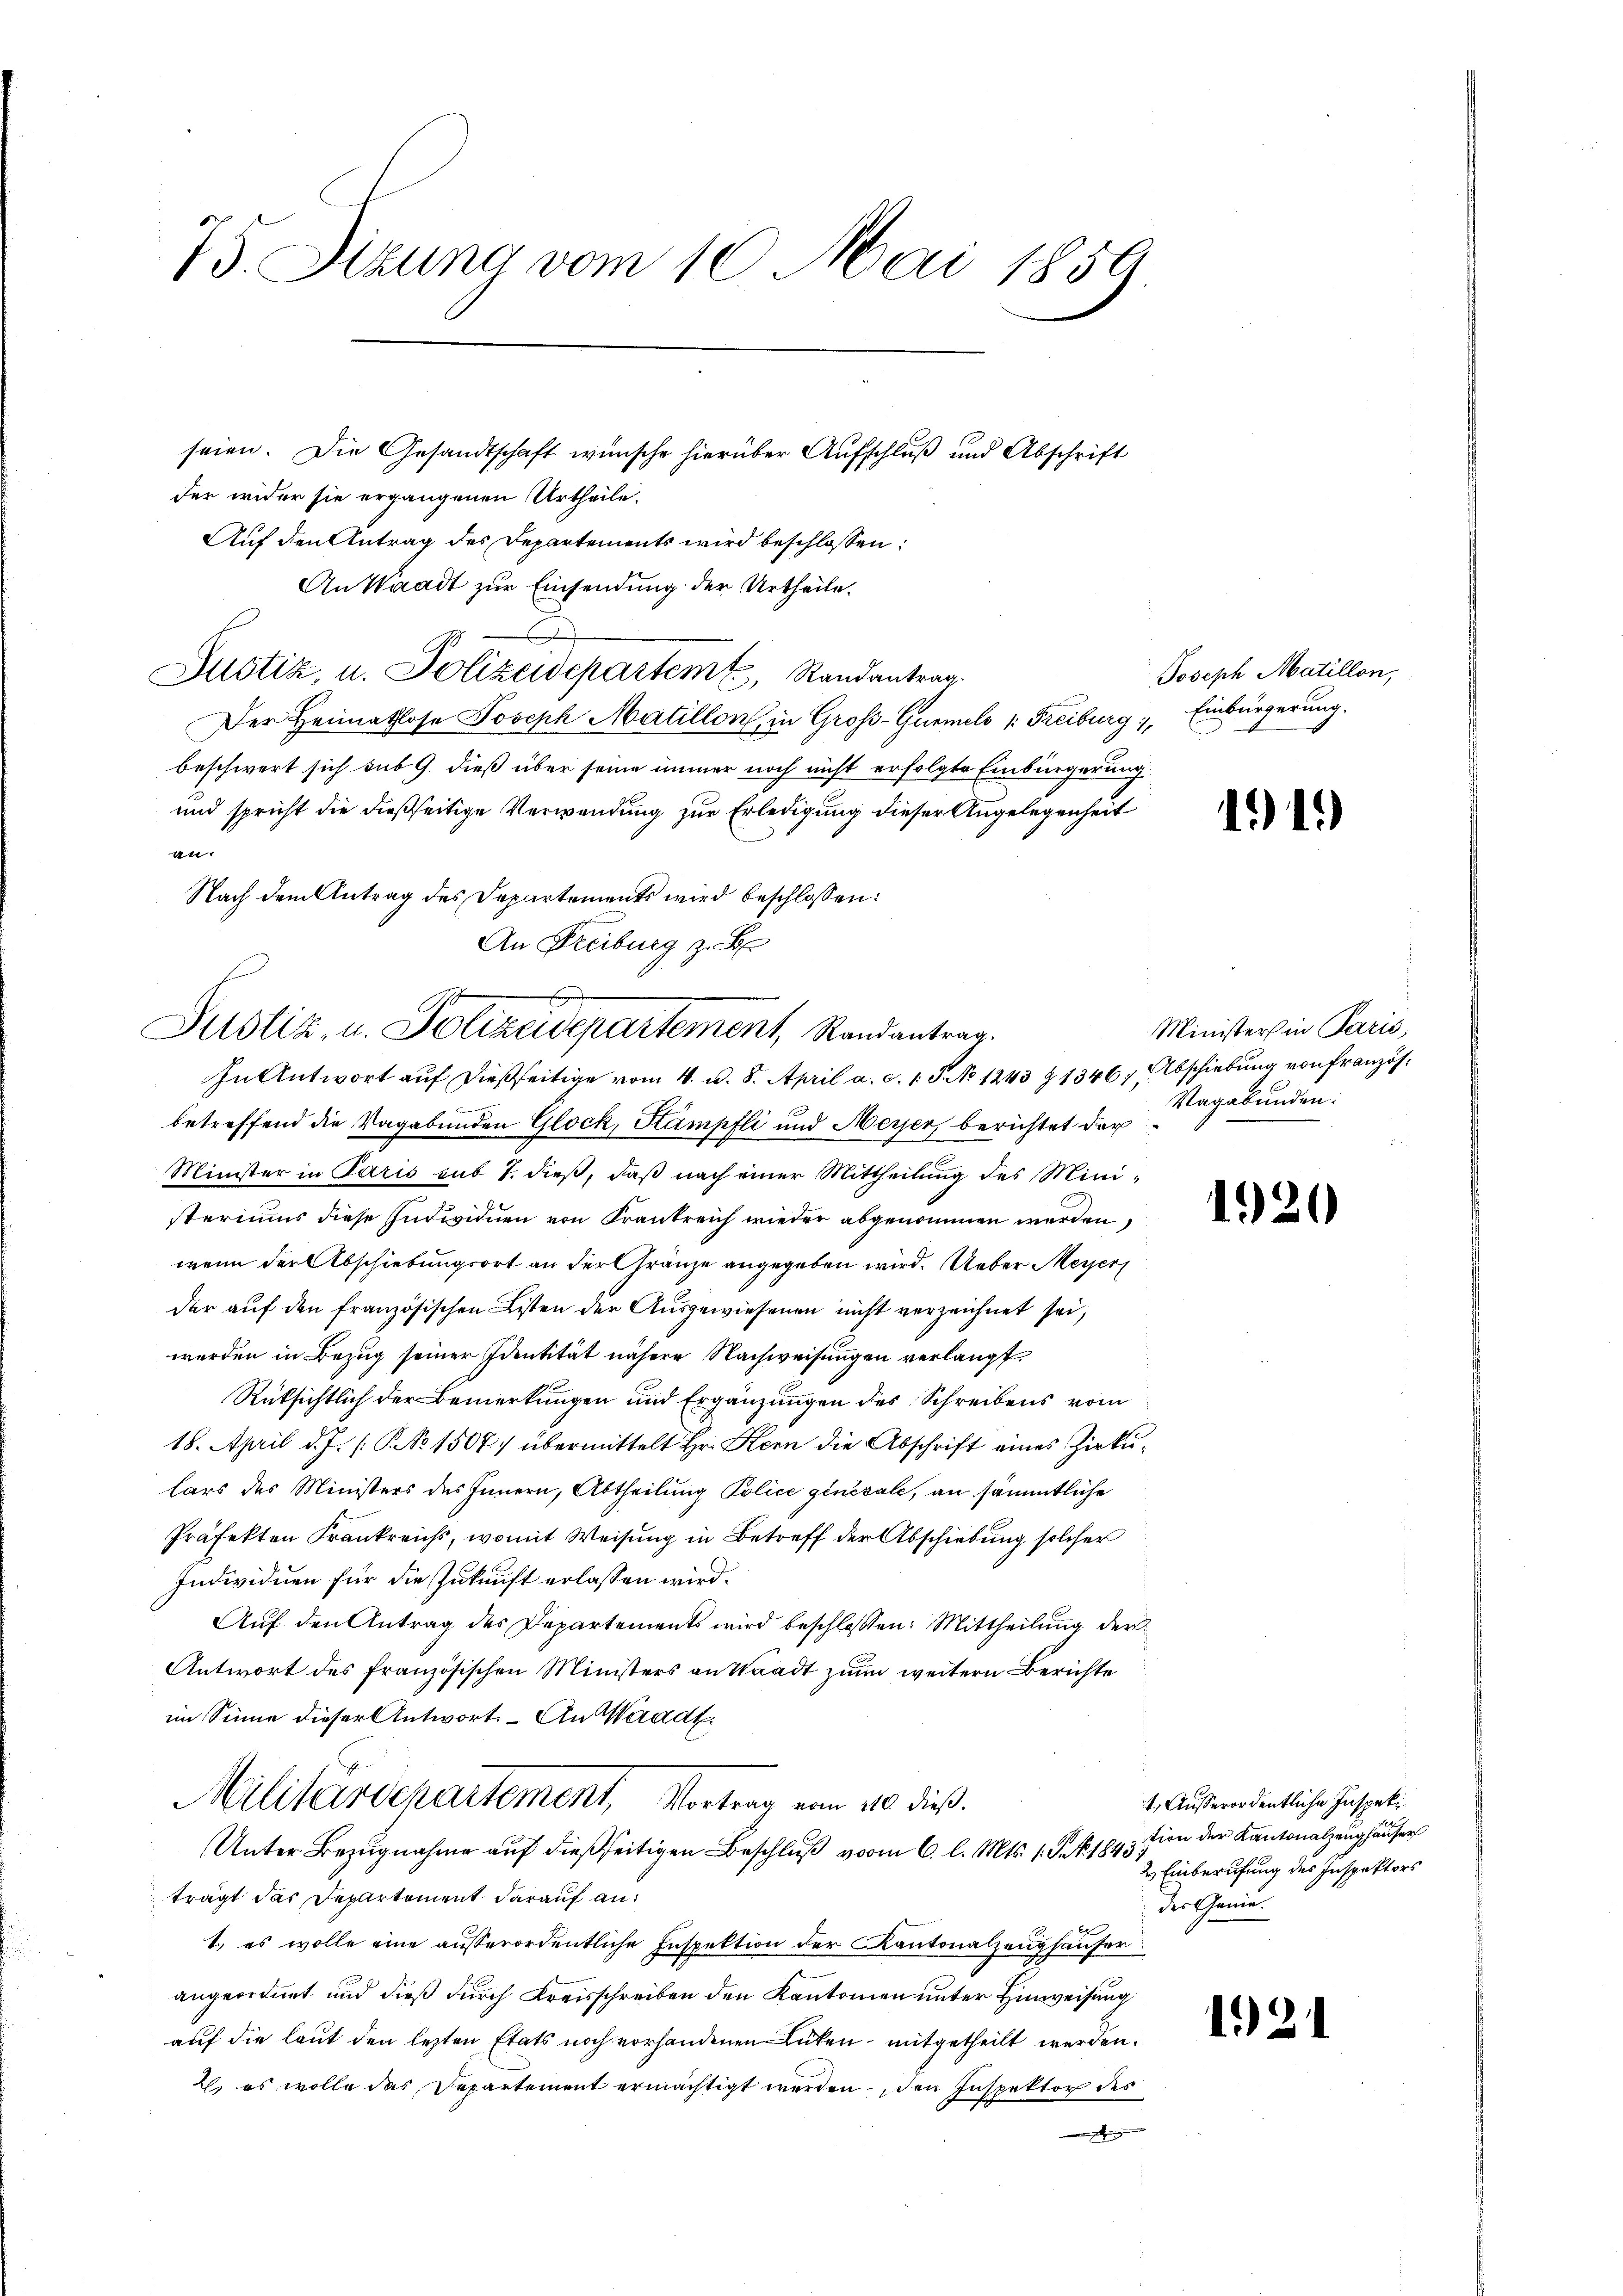
75. Sitzung vom 10. Mai 1856

seien. Die Gesandtschaft wünsche hierüber Aufschluß und Abschrift
der wider sie ergangenen Urtheile.
Auf den Antrag des Departements wird beschlossen:
An Waadt zur Einsendung der Urtheile.
Justiz, u. Polizeidepartem Randantrag.
Der Heimathlose Joseph Matillon, in Groß-Gurmels 1. Freiburg, Einbürgerung.
beschwert sich sub 9. dieß über seine immer noch nicht erfolgte Einbürgerung
und spricht die dießseitige Verwendung zur Erledigung dieser Angelegenheit
an.
Nach dem Antrag des Departements wird beschlossen:
An Freiburg z. B.

u
Justiz, u. Polizeidepartement, Randantrag.

In Antwort aŭf dießseitige vom 4. d. 8. April a. c. 1. P. No 1243 & 1346; Abschiebung von französ.
betreffend die Vagabunden Glock, Stampfli und Meyer, berichtet der
Minister in Paris sub 7. dieß, daß nach einer Mittheilung des Ministeriums diese Individuen von Frankreich wieder abgenommen werden,
wenn der Abschiebungsort an der Gränze angegeben wird. Ueber Meyer
der aŭf den französischen Listen der Ausgewiesenen nicht verzeichnet sei,
werden in Bezug seiner Identität nähere Nachweisungen verlangt.
Rüksichtlich der Bemerkungen und Ergänzungen des Schreibens vom
18. April d. J. /: P. No 1507) übermittelt Hr. Kern die Abschrift eines Zirkulars des Ministers des Innern, Abtheilung Police generale, an sämmtliche
Präfekten Frankreichs, womit Weisung in Betreff der Abschiebung solcher
Individuen für die Zukunft erlassen wird.
Aŭf den Antrag des Departements wird beschlossen: Mittheilung der
Antwort des französischen Ministers an Waadt zum weitern Berichte
im Sinne dieser Antwort. – An Waadt.
Militärdepartement, Vortrag vom 10 dieß.
Unter Bezugnahme auf dießseitigen Beschluß vom 6. l. Mts. 1. P. Nr. 1843,
trägt das Departement darauf an:
1.) es wolle eine außerordentliche Inspektion der Kantonalzeughäuser
angeordnet und dieß durch Kreisschreiben den Kantonien unter Hinweisung
auf die laut den lezten Etats noch vorhandenen Lüten mitgetheilt werden.
2) es wolle das Departement ermächtigt werden, den Inspektor des

Joseph Matillon,

191)

Ministers in Paris,
Vagabunden.

1920

1., Ausserordentliche Inspekition der Kantonalzeughäuser
2 Einberufung des Inspektors
der Geme

1921